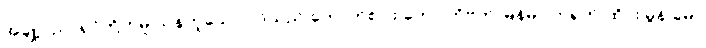
အချို့ပညာရှင်တို့ကမူ သန်ဟူသော ပုဒ်သည် ကောက်စပါး ဟော တိဗက် မြန်မာ တရုတ် ထိုင်း မွန် ခမာ